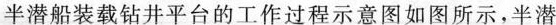
半潜船装载钻井平台的工作过程示意图如图所示，半潜